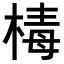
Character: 𣕬